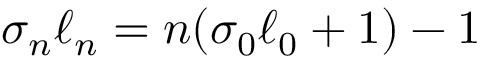
\sigma _ { n } \ell _ { n } = n ( \sigma _ { 0 } \ell _ { 0 } + 1 ) - 1